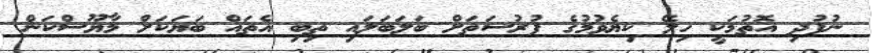
ނުފުދި އޮތުމަކީ ހިލޭ ކިޔެވުމުގެ ފުރުސަތަށް ބަލަބަލައި ތިބި އެތައް ބަޔަކަށް މާޔޫސްކަން